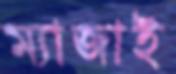
ম্যাজাই